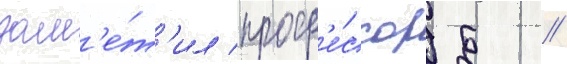
зам'е́т'ил проф'е́ссор б //